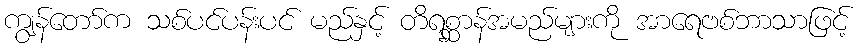
ကျွန်တော်က သစ်ပင်ပန်းပင် မည်နှင့် တိရစ္ဆာန်အမည်များကို အာရေဗစ်ဘာသာဖြင့်